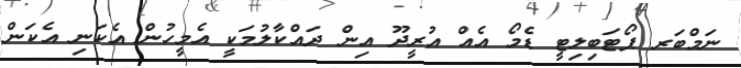
ނަމްބަރ ޕޯޓަބިލިޓީ ޑެމޯ އެއް އުރީދޫ އިން ދައްކާލުމަކީ އެމީހުން އެކަނި އެކަން